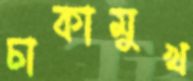
চাকামুখ